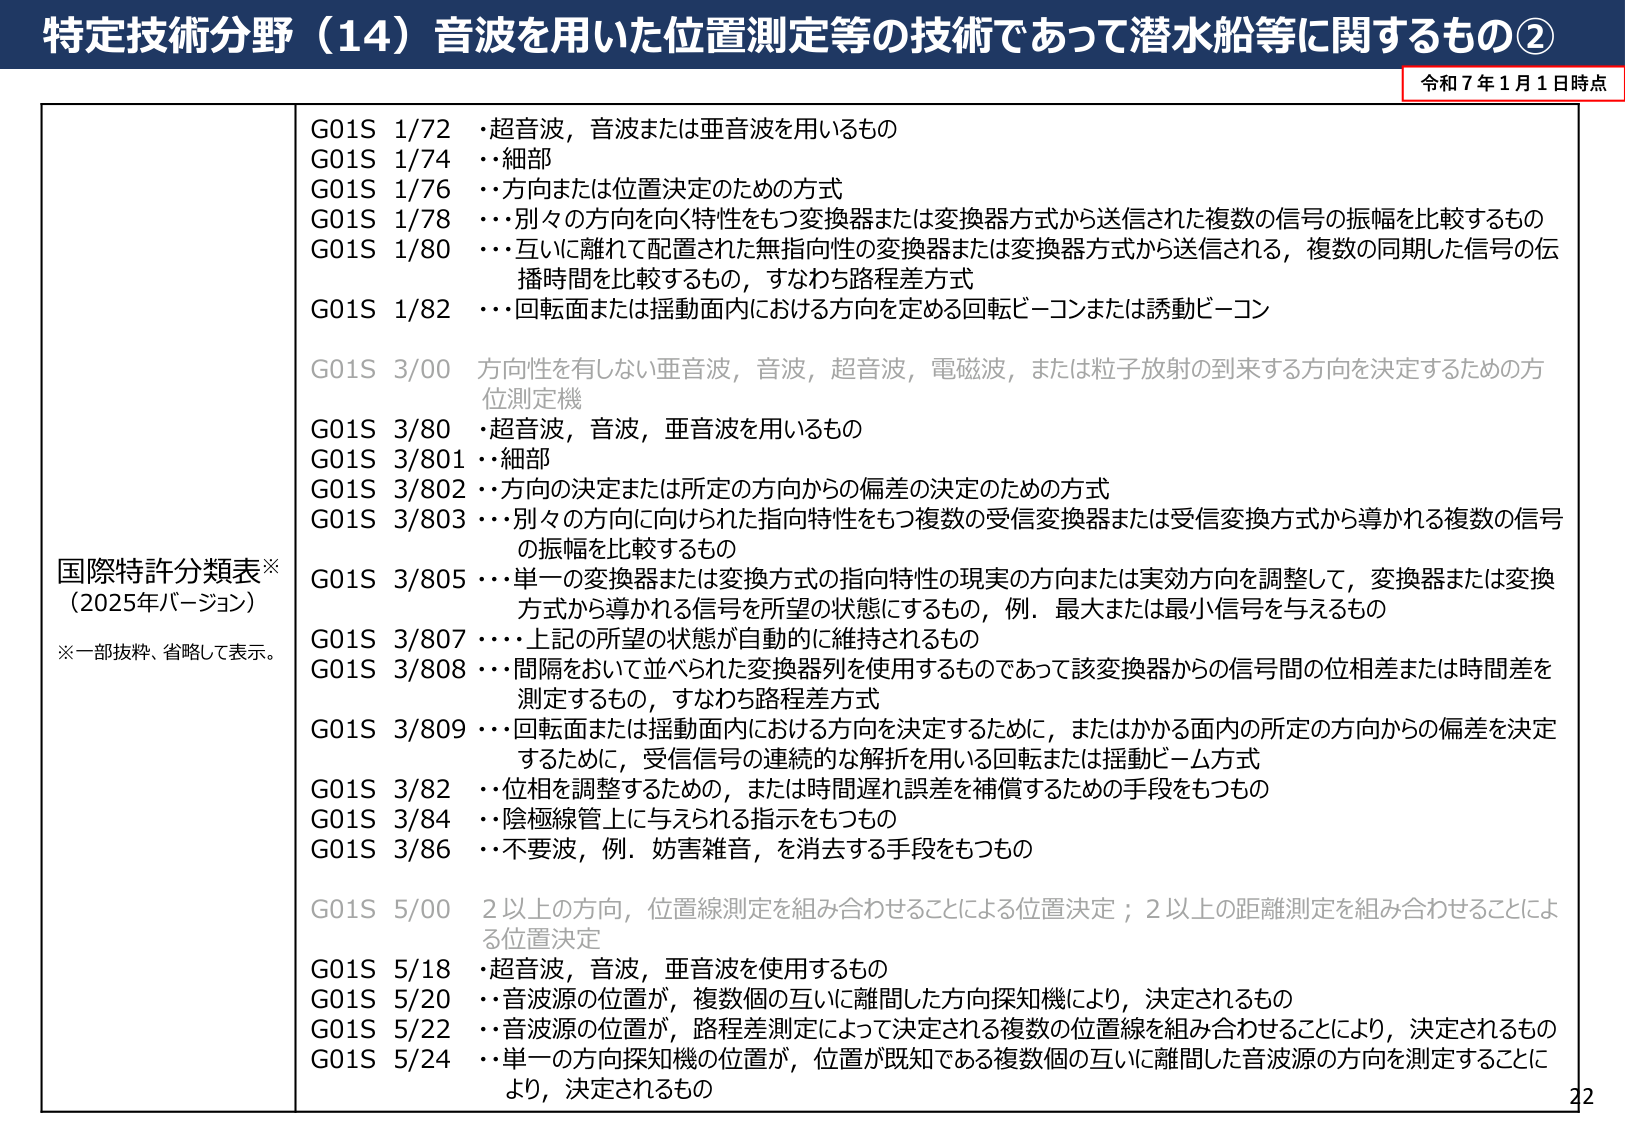
特定技術分野（14）音波を用いた位置測定等の技術であって潜水船等に関するもの②

令和7年1月1日時点

国際特許分類表※
（2025年バージョン）
※一部抜粋、省略して表示。

G01S 1/72 ・超音波，音波または亜音波を用いるもの
G01S 1/74 ・・細部
G01S 1/76 ・・方向または位置決定のための方式
G01S 1/78 ・・・別々の方向を向く特性をもつ変換器または変換器方式から送信された複数の信号の振幅を比較するもの
G01S 1/80 ・・・互いに離れて配置された無指向性の変換器または変換器方式から送信される，複数の同期した信号の伝播時間を比較するもの，すなわち路程差方式
G01S 1/82 ・・・回転面または揺動面内における方向を定める回転ビーコンまたは誘動ビーコン

G01S 3/00 方向性を有しない亜音波，音波，超音波，電磁波，または粒子放射の到来する方向を決定するための方位測定機

G01S 3/80 ・超音波，音波，亜音波を用いるもの
G01S 3/801 ・・細部
G01S 3/802 ・・方向の決定または所定の方向からの偏差の決定のための方式
G01S 3/803 ・・・別々の方向に向けられた指向特性をもつ複数の受信変換器または受信変換方式から導かれる複数の信号の振幅を比較するもの
G01S 3/805 ・・・単一の変換器または変換方式の指向特性の現実の方向または実効方向を調整して，変換器または変換方式から導かれる信号を所望の状態にするもの，例．最大または最小信号を与えるもの
G01S 3/807 ・・・・上記の所望の状態が自動的に維持されるもの
G01S 3/808 ・・・間隔をおいて並べられた変換器列を使用するものであって該変換器からの信号間の位相差または時間差を測定するもの，すなわち路程差方式
G01S 3/809 ・・・回転面または揺動面内における方向を決定するために，またはかかる面内の所定の方向からの偏差を決定するために，受信信号の連続的な解析を用いる回転または揺動ビーム方式
G01S 3/82 ・・位相を調整するための，または時間遅れ誤差を補償するための手段をもつもの
G01S 3/84 ・・陰極線管上に与えられる指示をもつもの
G01S 3/86 ・・不要波，例．妨害雑音，を消去する手段をもつもの

G01S 5/00 2以上の方向，位置線測定を組み合わせることによる位置決定；2以上の距離測定を組み合わせることによる位置決定
G01S 5/18 ・超音波，音波，亜音波を使用するもの
G01S 5/20 ・・音波源の位置が，複数個の互いに離間した方向探知機により，決定されるもの
G01S 5/22 ・・音波源の位置が，路程差測定によって決定される複数の位置線を組み合わせることにより，決定されるもの
G01S 5/24 ・・単一の方向探知機の位置が，位置が既知である複数個の互いに離間した音波源の方向を測定することにより，決定されるもの

22